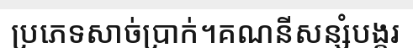
ប្រភេទសាច់ប្រាក់។គណនីសន្សំបង្គរ